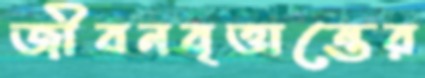
জীবনবৃত্তান্তের